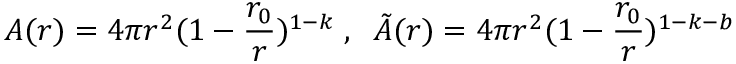
A ( r ) = 4 \pi r ^ { 2 } ( 1 - \frac { r _ { 0 } } { r } ) ^ { 1 - k } \; , \; \; \tilde { A } ( r ) = 4 \pi r ^ { 2 } ( 1 - \frac { r _ { 0 } } { r } ) ^ { 1 - k - b }